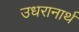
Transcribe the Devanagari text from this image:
उधरानार्थ